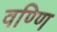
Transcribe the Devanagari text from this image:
वण्णि